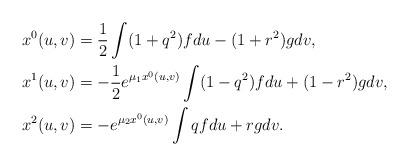
LaTeX: \begin{align*} \begin{aligned} x^0(u,v)&=\frac{1}{2}\int(1+q^2)fdu-(1+r^2)gdv,\\ x^1(u,v)&=-\frac{1}{2}e^{\mu_1x^0(u,v)}\int(1-q^2)fdu+(1-r^2)gdv,\\ x^2(u,v)&=-e^{\mu_2x^0(u,v)}\int qfdu+rgdv. \end{aligned}\end{align*}